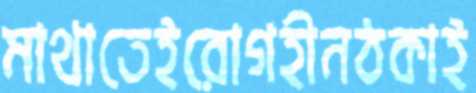
মাথাতেইরোগহীনঠকাই